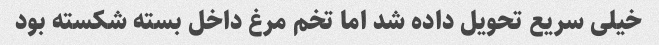
خیلی سریع تحویل داده شد اما تخم مرغ داخل بسته شکسته بود